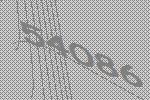
54086